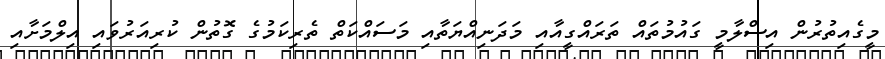
މީގެއިތުރުން އިސްލާމީ ގައުމުތައް ތަރައްގީއާއި މަދަނިއްޔަތާއި މަސައްކަތް ތެރިކަމުގެ ގޮތުން ކުރިއަރުވައި އިލްމަށާއި